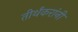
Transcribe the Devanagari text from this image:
तीर्थंकरांनी